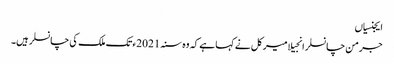
ایجنسیاں
جرمن چانسلر انجیلا میرکل نے کہا ہے کہ وہ سنہ 2021ء تک ملک کی چانسلر ہیں۔